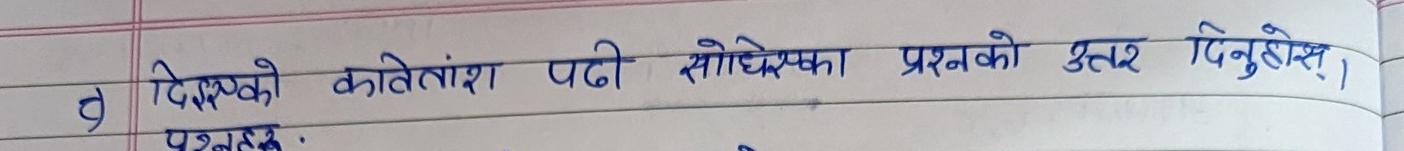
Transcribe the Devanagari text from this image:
दे दिएइएको काितांश पढी सोधिएका प्रश्नको उत्तर दिनुहोस् ।